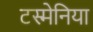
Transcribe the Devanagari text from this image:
टस्मेनिया